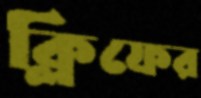
ক্লিফের